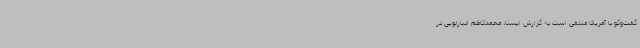
گفت‌وگو با آمریکا منتفی است به گزارش ایسنا، محمدکاظم انبارلویی در